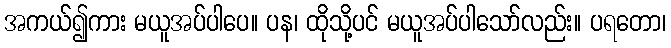
အကယ်၍ကား မယူအပ်ပါပေ။ ပန၊ ထိုသို့ပင် မယူအပ်ပါသော်လည်း။ ပရတော၊